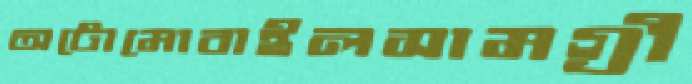
অটোমোবাইলসামগ্রী